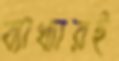
ব্যাখ্যারই